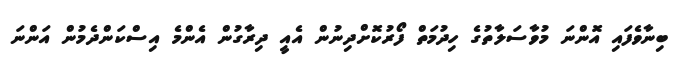
ބިނާވެފައި އޮންނަ މުވާސަލާތުގެ ހިދުމަތް ފޯރުކޮށްދިނުން އެއީ ދިރާގުން އެންމެ އިސްކަންދެމުން އަންނަ